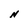
Character: N